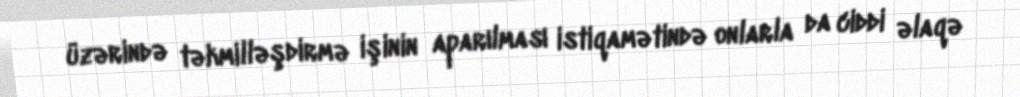
üzərində təkmilləşdirmə işinin aparılması istiqamətində onlarla da ciddi əlaqə